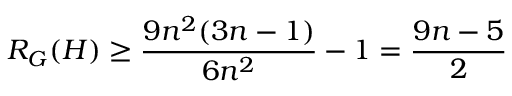
R _ { G } ( H ) \geq \frac { 9 n ^ { 2 } ( 3 n - 1 ) } { 6 n ^ { 2 } } - 1 = \frac { 9 n - 5 } { 2 }